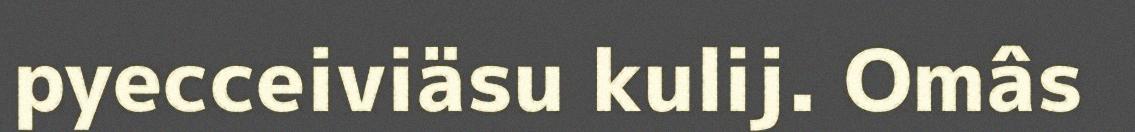
pyecceiviäsu kulij. Omâs